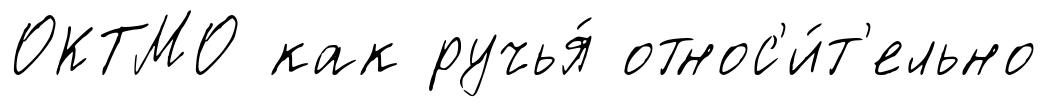
ОКТМО как ручья́ относ'и́т'ельно